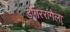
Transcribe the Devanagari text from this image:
डोंगररांगेला